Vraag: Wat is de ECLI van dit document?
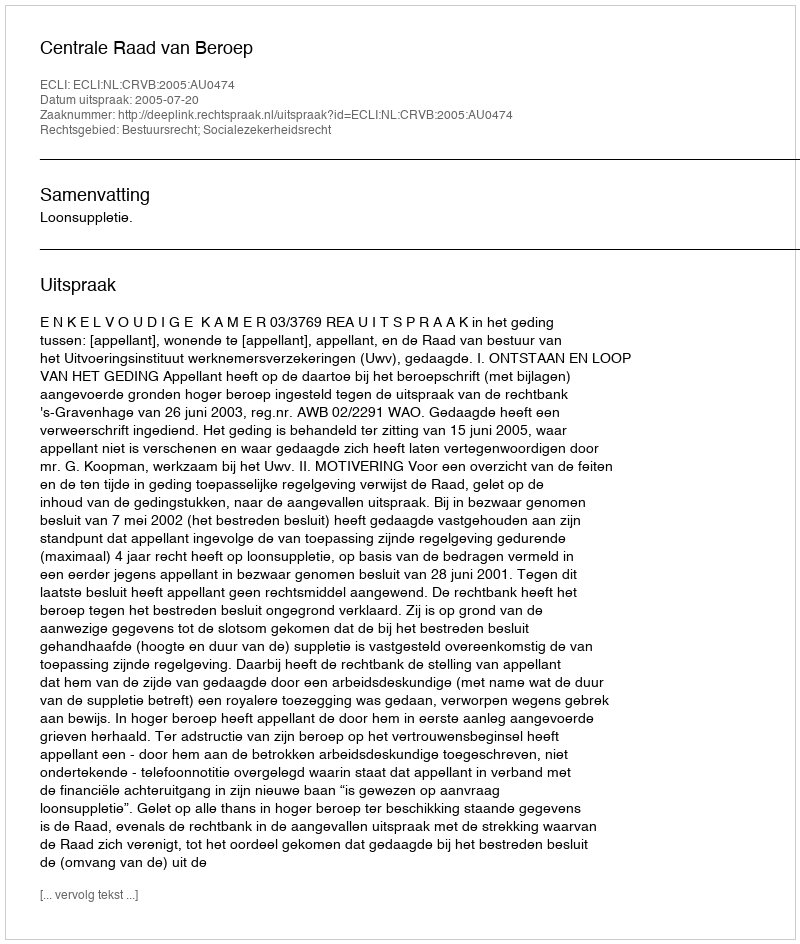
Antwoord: ECLI:NL:CRVB:2005:AU0474